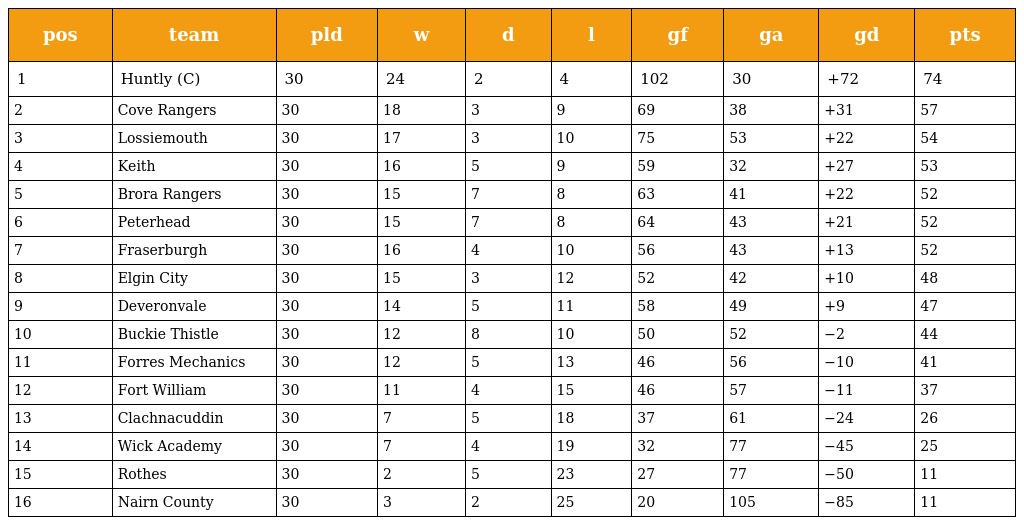
| pos | team | pld | w | d | l | gf | ga | gd | pts |
 | --- | --- | --- | --- | --- | --- | --- | --- | --- | --- |
 | 1 | Huntly (C) | 30 | 24 | 2 | 4 | 102 | 30 | +72 | 74 |
 | 2 | Cove Rangers | 30 | 18 | 3 | 9 | 69 | 38 | +31 | 57 |
 | 3 | Lossiemouth | 30 | 17 | 3 | 10 | 75 | 53 | +22 | 54 |
 | 4 | Keith | 30 | 16 | 5 | 9 | 59 | 32 | +27 | 53 |
 | 5 | Brora Rangers | 30 | 15 | 7 | 8 | 63 | 41 | +22 | 52 |
 | 6 | Peterhead | 30 | 15 | 7 | 8 | 64 | 43 | +21 | 52 |
 | 7 | Fraserburgh | 30 | 16 | 4 | 10 | 56 | 43 | +13 | 52 |
 | 8 | Elgin City | 30 | 15 | 3 | 12 | 52 | 42 | +10 | 48 |
 | 9 | Deveronvale | 30 | 14 | 5 | 11 | 58 | 49 | +9 | 47 |
 | 10 | Buckie Thistle | 30 | 12 | 8 | 10 | 50 | 52 | −2 | 44 |
 | 11 | Forres Mechanics | 30 | 12 | 5 | 13 | 46 | 56 | −10 | 41 |
 | 12 | Fort William | 30 | 11 | 4 | 15 | 46 | 57 | −11 | 37 |
 | 13 | Clachnacuddin | 30 | 7 | 5 | 18 | 37 | 61 | −24 | 26 |
 | 14 | Wick Academy | 30 | 7 | 4 | 19 | 32 | 77 | −45 | 25 |
 | 15 | Rothes | 30 | 2 | 5 | 23 | 27 | 77 | −50 | 11 |
 | 16 | Nairn County | 30 | 3 | 2 | 25 | 20 | 105 | −85 | 11 |